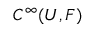
C ^ { \infty } ( U , F )